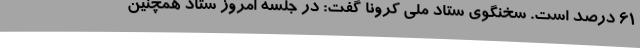
۶۱ درصد است. سخنگوی ستاد ملی کرونا گفت: در جلسه امروز ستاد همچنین